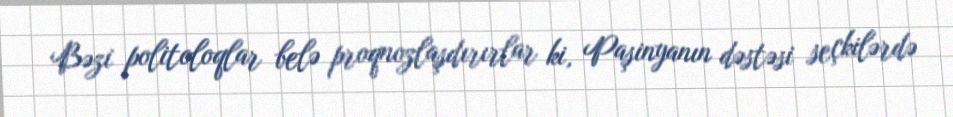
Bəzi politoloqlar belə proqnozlaşdırırlar ki, Paşinyanın dəstəsi seçkilərdə